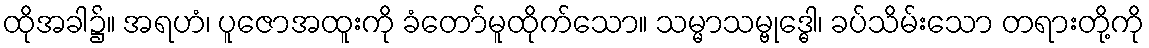
ထိုအခါ၌။ အရဟံ၊ ပူဇောအထူးကို ခံတော်မူထိုက်သော။ သမ္မာသမ္ဗုဒ္ဓေါ၊ ခပ်သိမ်းသော တရားတို့ကို